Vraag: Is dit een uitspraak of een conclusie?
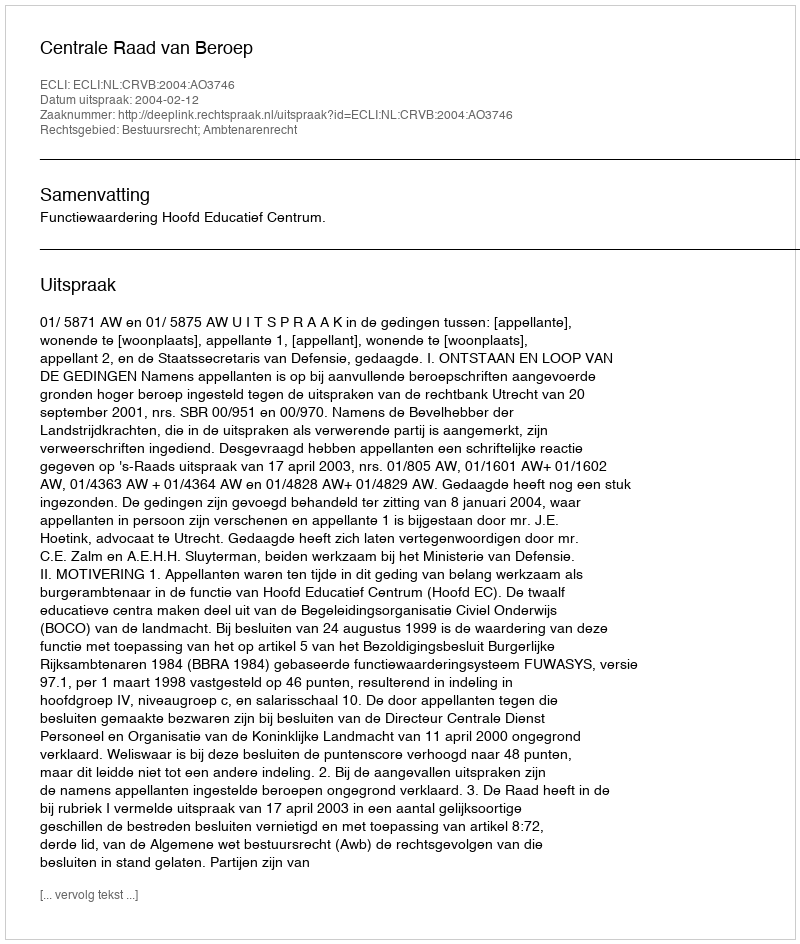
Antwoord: Uitspraak